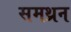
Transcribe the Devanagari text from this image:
समथ्रन